Annual report on the working of the mental hospitals in the Madras Presidency - 1912-1932
Year: 1912
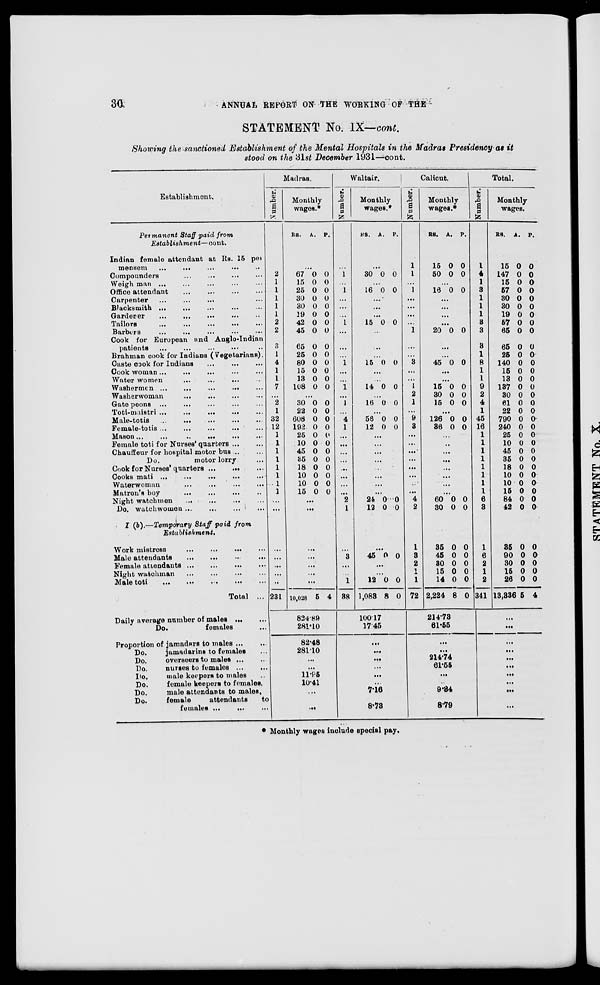
30
ANNUAL REPORT ON THE WORKING OF THE
STATEMENT No. IX—cont.
Showing the sanctioned Establishment of the Mental Hospitals in the Madras Presidency as it
stood on the 31st December 1931—cont.
Establishment.
Permanent Staff paid from
Establishment—cont.
Indian female attendant at Rs. 15 per
mensem ... ... ... ... ...
Compounders ... ... ... ...
Weigh man ... ... ... ... ...
Office attendant ... ... ... ...
Carpenter ... ... ... ... ...
Blacksmith ... ... ... ...
Garderer ... ... ... ... ...
Tailors ... ... ... ... ...
Barbers ... ... ... ... ...
Cook for European and Anglo-Indian
patients ... ... ... ... ...
Brahman cook for Indians (Vegetarians).
Caste cook for Indians ... ... ...
Cook woman ... ... ... ... ...
Water women ... ... ... ...
Washermen ... ... ... ...
Washerwoman ... ... ... ...
Gate peons ... ... ... ... ...
Toti-maistri ... ... ... ... ... ...
Male-totis ... ... ... ... ...
Female-totis ...
...
...
...
Mason
...
...
...
...
...
Female toti for Norses' quarters ... ...
Chauffeur for hospital motor bus ... ...
Do.
motor lorry ...
Cook for Nurses' quarters ... ... ...
Cooks mati ... ... ... ... ...
Waterwoman ... ... ... ...
Matron's boy ... ... ... ...
Night watchmen ... ... ... ...
Do. watchwomen ... ... ... ...
I (b).—Temporary Staff paid from
Establishment.
Work mistress ... ... ... ...
Male attendants ... ... ... ...
Female attendants ... ... ... ...
Night watchman ... ... ... ...
Male toti ... ... ... ...
Total ...
Daily average number of males ... ...
Do.
females ...
Proportion of jamadars to males ... ...
Do.
jamadarins to females ... ...
Do.
overseers to males ... ...
Do.
nurses to females ... ...
Do.
male keepers to males ...
Do.
female keepers to females.
Do.
male attendants to males.
Do.
female
attendants
to
females ... ... ...
Madras.
2
1
1
1
1
1
2
2
3
3
1
4
1
1
7
2
1
32
12
1
1
1
1
1
1
1
1
...
...
...
. . .
...
. ..
..
231
Monthly
wages.*
RS.
A. P.
...
67
15
25
30
30
19
42
45
65
25
80
15
13
108
0
0
0
0
0
0
0
0
0
0
0
0
0
0
0
0
0
0
0
0
0
0
0
0
0
0
0
0
...
30
22
608
192
25
10
45
35
18
10
10
15
0
0
0
0
0
0
0
0
0
0
0
0
0
0
0
0
0
0
0
0
0
0
0
0
...
...
. ..
...
...
...
...
10,028 5 4
824.89
281.10
82.48
281.10
...
...
11.95
10.41
. ..
...
Waltair.
Number.
...
1
...
1
...
. ..
...
1
...
...
...
1
...
...
1
...
1
...
4
1
...
...
...
....
...
...
...
...
2
1
...
3
....
...
1
38
Monthly
wages.*
RS.
A.
P.
...
30 0 0
...
16 0 0
...
...
...
15 0 0
...
...
...
15 0 0
...
...
14 0 0
...
16 0 0
...
56
12
0
0
0
0
...
...
...
...
...
...
...
.. .
24
12
0
0
0
0
. . .
45 0 0
...
...
12
1,083
0
8
0
0
100.17
17.45
...
...
...
...
...
716
8-78
Calicut.
Number.
1
1
...
1
...
...
...
...
1
...
...
3
...
...
1
2
1
9
3
...
...
...
...
...
...
...
...
4
2
1
3
2
1
1
72
Monthly
wages.*
RS.
15
50
A.
0
0
P.
0
0
...
16 0 0
...
...
...
...
20 0 0
...
...
45 0 0
...
...
15
30
15
0
0
0
0
0
0
...
126
36
0
0
0
0
...
...
...
...
...
...
...
...
60
30
35
45
30
15
14
2,224
0
0
0
0
0
0
0
8
0
0
0
0
0
0
0
0
214.73
61.55
...
...
214.74
61.55
...
...
9.34
8.79
Total.
Number.
1
4
1
3
1
1
1
3
3
3
1
8
1
1
9
2
4
1
45
16
1
1
1
1
1
1
1
1
6
3
1
6
2
1
2
341
Monthly
wages.
RS.
15
147
15
57
30
30
19
57
65
65
25
140
15
13
137
30
61
22
790
240
25
10
45
35
18
10
10
15
84
42
35
90
30
15
26
13,336
A.
0
0
0
0
0
0
0
0
0
0
0
0
0
0
0
0
0
0
0
0
0
0
0
0
0
0
0
0
0
0
0
0
0
0
0
5
P.
0
0
0
0
0
0
0
0
0
0
0
0
0
0
0
0
0
0
0
0
0
0
0
0
0
0
0
0
0
0
0
0
0
0
0
4
...
...
. ..
...
...
...
...
...
...
...
* Monthly wages include special pay.